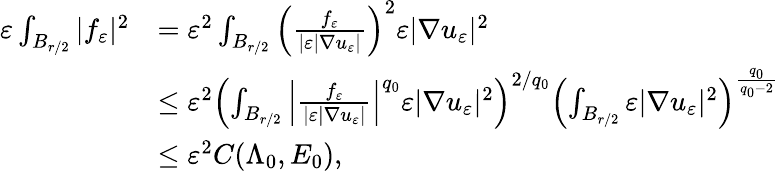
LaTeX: \begin{array}{rl}{\varepsilon\int_{B_{r/2}}|f_{\varepsilon}|^{2}}&{=\varepsilon^{2}\int_{B_{r/2}}\left(\frac{f_{\varepsilon}}{|\varepsilon|\nabla u_{\varepsilon}|}\right)^{2}\varepsilon|\nabla u_{\varepsilon}|^{2}}\\ &{\leq\varepsilon^{2}\left(\int_{B_{r/2}}\left|\frac{f_{\varepsilon}}{|\varepsilon|\nabla u_{\varepsilon}|}\right|^{q_{0}}\varepsilon|\nabla u_{\varepsilon}|^{2}\right)^{2/q_{0}}\left(\int_{B_{r/2}}\varepsilon|\nabla u_{\varepsilon}|^{2}\right)^{\frac{q_{0}}{q_{0}-2}}}\\ &{\leq\varepsilon^{2}C(\Lambda_{0},E_{0}),}\end{array}